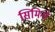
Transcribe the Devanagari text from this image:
सिमिनो